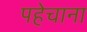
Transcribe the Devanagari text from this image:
पहेचाना